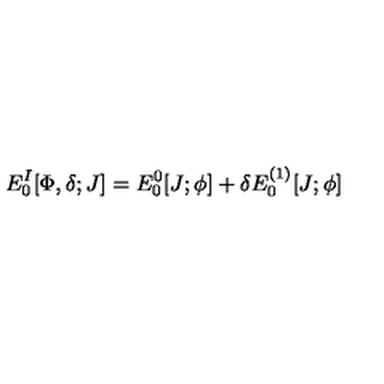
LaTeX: E _ { 0 } ^ { I } [ \Phi , \delta ; J ] = E _ { 0 } ^ { 0 } [ J ; \phi ] + \delta E _ { 0 } ^ { ( 1 ) } [ J ; \phi ]